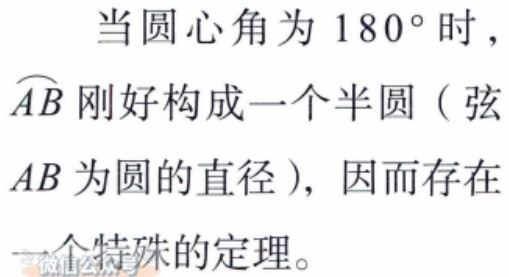
当圆心角为 \(180^{\circ}\) 时，\(\overset{\frown}{AB}\) 刚好构成一个半圆（弦 \(AB\) 为圆的直径），因而存在一个特殊的定理。